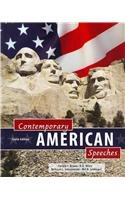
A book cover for Contemporary American Speeches; JOHANNESEN  RICHARD; Reference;